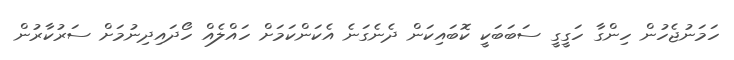
ހަމަނުޖެހުން ހިންގާ ހަގީގީ ސަބަބަކީ ކޮބައިކަން ދެނެގަނެ އެކަންކަމަށް ހައްލެއް ހޯދައިދިނުމަށް ސަރުކާރުން